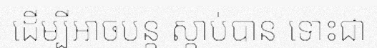
ដើម្បីអាចបន្ត ស្តាប់បាន ទោះជា